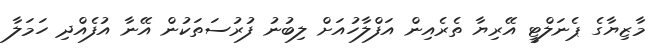
މާޒިޔާގެ ޕެނަލްޓީ އޭރިޔާ ތެރެއިން އަފްލާހުއަށް ލިބުނު ފުރުސަތަކުން އޭނާ އުފެއްދި ހަމަލާ